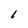
Character: l